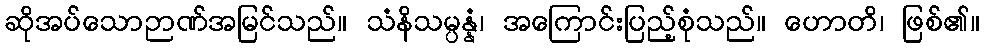
ဆိုအပ်သောဉာဏ်အမြင်သည်။ သံနိသမ္ပန္နံ၊ အကြောင်းပြည့်စုံသည်။ ဟောတိ၊ ဖြစ်၏။